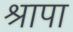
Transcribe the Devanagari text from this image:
श्रापा